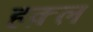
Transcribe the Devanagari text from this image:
हक़्ल